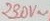
Text: 230V~